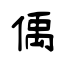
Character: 偊